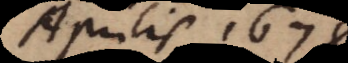
Aprilis 1678